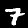
Label: 7